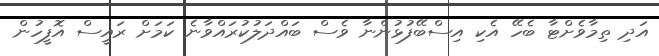
އަދި ތިމާވެށްޓާ ބެހޭ އެކި އިސްބޭފުޅުންނާ ވެސް ބައްދަލުކުރައްވާނެ ކަމަށް ރައީސް އޮފީހުން